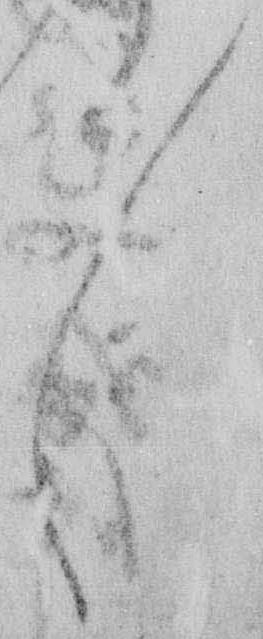
々